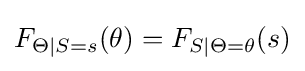
F_{\Theta \mid S=s}(\theta )=F_{S\mid \Theta =\theta }(s)